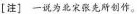
[注] —说为北宋张先所创作。